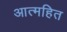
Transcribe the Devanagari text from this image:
आत्महित